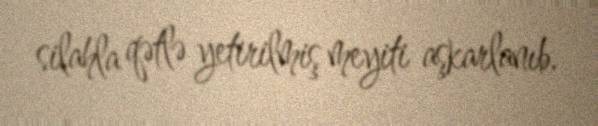
silahla qətlə yetirilmiş meyiti aşkarlanıb.